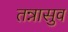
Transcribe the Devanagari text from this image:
तन्नासुव